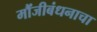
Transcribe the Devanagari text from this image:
मौंजीबंधनाचा